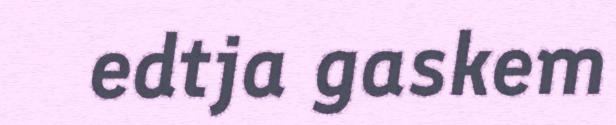
edtja gaskem